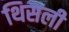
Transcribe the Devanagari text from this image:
थिसली